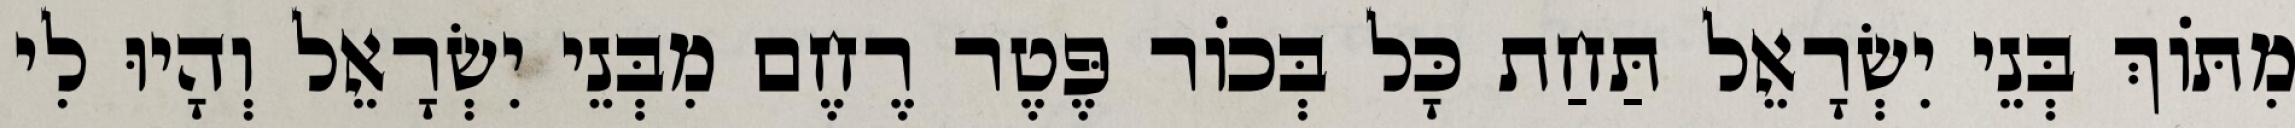
מִתּוֹךְ בְּנֵי יִשְׂרָאֵל תַּחַת כָּל בְּכוֹר פֶּטֶר רֶחֶם מִבְּנֵי יִשְׂרָאֵל וְהָיוּ לִי